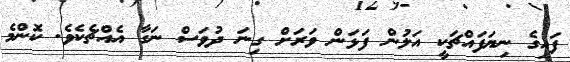
ފައިގެ ނިޔަފައްޗަކީ އަލުން ފަޅަން ވަރަށް ގިނަ ދުވަސް ނަގާ އެއްޗެކެވެ. ކޮންމެ